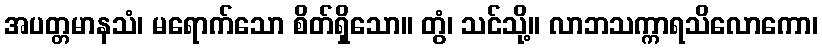
အပတ္တမာနသံ၊ မရောက်သော စိတ်ရှိသော။ တွံ၊ သင်သို့။ လာဘသက္ကာရသိလောကော၊